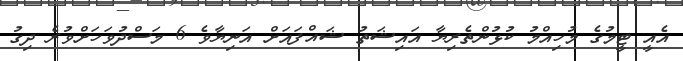
އެއީ ޓީމުގެ މުހިއްމު ކުޅުންތެރިޔާ އައިޝަތު ޝައްފައަށް އަނިޔާވެ 6 މަސްދުވަހަށްވުރެ ދިގު